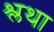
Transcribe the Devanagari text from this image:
श्लथा